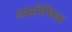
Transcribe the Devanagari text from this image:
अश्वमेघिक